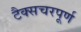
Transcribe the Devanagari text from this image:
टैक्सचरपूर्ण